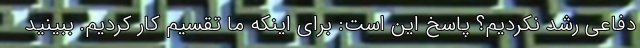
دفاعی رشد نکردیم؟ پاسخ این است: برای اینکه ما تقسیم کار کردیم. ببینید